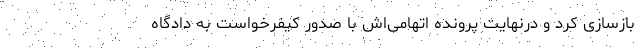
بازسازی کرد و درنهایت پرونده اتهامی‌اش با صدور کیفرخواست به دادگاه